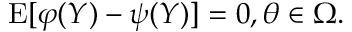
\operatorname { E } [ \varphi ( Y ) - \psi ( Y ) ] = 0 , \theta \in \Omega .